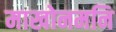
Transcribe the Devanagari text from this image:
माखोनमनि